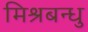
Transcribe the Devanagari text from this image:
मिश्रबन्धु